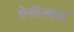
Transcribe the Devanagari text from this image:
पेनॉब्सकाट